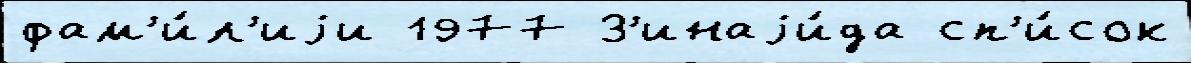
фам'и́л'иjи 1977 З'инаjи́да сп'и́сок